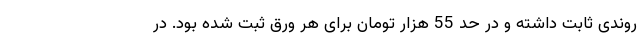
روندی ثابت داشته و در حد 55 هزار تومان برای هر ورق ثبت شده بود. در